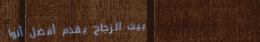
بيت الزجاج يقدم أفضل أنوا